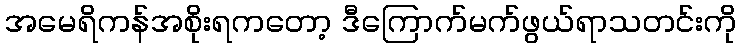
အမေရိကန်အစိုးရကတော့ ဒီကြောက်မက်ဖွယ်ရာသတင်းကို